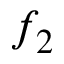
f _ { 2 }